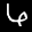
Label: 6